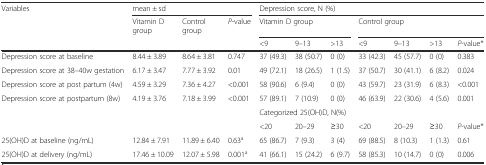
<table><thead><tr><td><b>Variables</b></td><td colspan="3"><b>mean ± sd</b></td><td colspan="7"><b>Depression score, N (%)</b></td></tr><tr><td></td><td><b>Vitamin D group</b></td><td><b>Control group</b></td><td><b><i>P</i>-value</b></td><td colspan="3"><b>Vitamin D group</b></td><td colspan="4"><b>Control group</b></td></tr><tr><td></td><td></td><td></td><td></td><td><b>&lt;9</b></td><td><b>9–13</b></td><td><b>&gt;13</b></td><td><b>&lt;9</b></td><td><b>9–13</b></td><td><b>&gt;13</b></td><td><b><i>P</i>-value*</b></td></tr></thead><tbody><tr><td>Depression score at baseline</td><td>8.44 ± 3.89</td><td>8.64 ± 3.81</td><td>0.747</td><td>37 (49.3)</td><td>38 (50.7)</td><td>0 (0)</td><td>33 (42.3)</td><td>45 (57.7)</td><td>0 (0)</td><td>0.383</td></tr><tr><td>Depression score at 38–40w gestation</td><td>6.17 ± 3.47</td><td>7.77 ± 3.92</td><td>0.01</td><td>49 (72.1)</td><td>18 (26.5)</td><td>1 (1.5)</td><td>37 (50.7)</td><td>30 (41.1)</td><td>6 (8.2)</td><td>0.024</td></tr><tr><td>Depression score at post partum (4w)</td><td>4.59 ± 3.29</td><td>7.36 ± 4.27</td><td>&lt;0.001</td><td>58 (90.6)</td><td>6 (9.4)</td><td>0 (0)</td><td>43 (59.7)</td><td>23 (31.9)</td><td>6 (8.3)</td><td>&lt;0.001</td></tr><tr><td>Depression score at postpartum (8w)</td><td>4.19 ± 3.76</td><td>7.18 ± 3.99</td><td>&lt;0.001</td><td>57 (89.1)</td><td>7 (10.9)</td><td>0 (0)</td><td>46 (63.9)</td><td>22 (30.6)</td><td>4 (5.6)</td><td>0.001</td></tr><tr><td rowspan="2"></td><td rowspan="2"></td><td rowspan="2"></td><td rowspan="2"></td><td colspan="7">Categorized 25(OH)D, N(%)</td></tr><tr><td>&lt;20</td><td>20–29</td><td>≥30</td><td>&lt;20</td><td>20–29</td><td>≥30</td><td><i>P</i>-value*</td></tr><tr><td>25(OH)D at baseline (ng/mL)</td><td>12.84 ± 7.91</td><td>11.89 ± 6.40</td><td>0.63<sup>a</sup></td><td>65 (86.7)</td><td>7 (9.3)</td><td>3 (4)</td><td>69 (88.5)</td><td>8 (10.3)</td><td>1 (1.3)</td><td>0.61</td></tr><tr><td>25(OH)D at delivery (ng/mL)</td><td>17.46 ± 10.09</td><td>12.07 ± 5.98</td><td>0.001<sup>a</sup></td><td>41 (66.1)</td><td>15 (24.2)</td><td>6 (9.7)</td><td>58 (85.3)</td><td>10 (14.7)</td><td>0 (0)</td><td>0.006</td></tr></tbody></table>